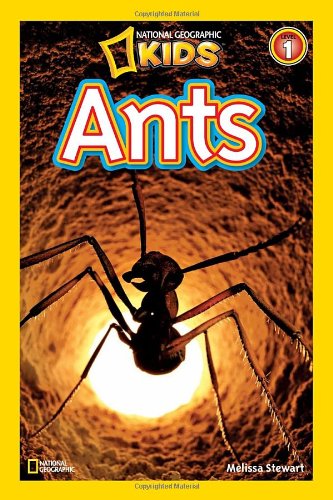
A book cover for National Geographic Readers: Ants; Melissa Stewart; Children's Books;